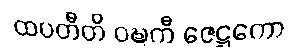
ထပတီတိ ဝဍ္ဎကီ ဇေဋ္ဌကော